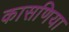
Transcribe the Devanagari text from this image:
कासणिया